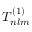
T _ { n l m } ^ { ( 1 ) }